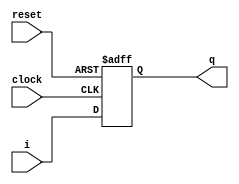
`timescale 1ns / 1ps
//////////////////////////////////////////////////////////////////////////////////
// Company: AKen Institute of Advanced Learning




//As the wikipedia article on LFSRs explains, there are two forms of expressing LFSRs. The first is a Galois form, the second is known as the Fibonacci form.
//Both will yield the same sequences, although their initial parameters, INITIAL_FILL, and their TAPS values will be difference from one form to the other.


//LFSRs can never have the value of zero, since every shift of a zeroed LFSR will leave it as zero. 
//he LFSR must be initialized, i.e., seeded, to a nonzero value. When the LFSR holds 1 and is shifted once, its value will always be the value of the polynomial mask.
// When the register is all zeros except the most significant bit, then the next several shifts will show the high bit shift to the low bit with zero fill.




module flipflop(q, clock, reset, i);
//inputs
    input reset;
    input clock;
    input i;
    //outputs
    output q;
    reg q;

    always @(posedge clock or posedge reset)
    begin
        if (reset)
        q = 0;
        else
        q = i;
    end
endmodule


//module for mux
module mux(q, control, a, b);
    output q;
    reg q;
    input control, a, b;

    wire negatecontrol;
    always @(control or
        negatecontrol or
        a or b)
    q = (control & a) |
    (negatecontrol & b);
    not (negatecontrol, control);
endmodule



//module for LFSR
module lfsr(q, clock, reset, seed, load);
    output q;
 

    input clock;
    input [3:0] seed;
    input load;
    input reset;
    wire [3:0] state_out;
    wire [3:0] state_in;
  
    flipflop F[3:0] (state_out,  clock, reset, state_in); // Call flipflop function, return value in state_out
    mux M1[3:0] (state_in, load, seed, {state_out[2],  // Call Mux calling  state_in for return value.
                    state_out[1],
                    state_out[0],
                    nextbit});    // Here is the LFSR bit.
    xor G1(nextbit, state_out[2], state_out[3]);
assign q = nextbit;  // lfsr will return value to nextbit. Assign value to q output.

//end
endmodule


//In pseudocode notation, an LFSR just applies the linear operator to the current sreg value over and over again.